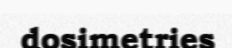
dosimetries